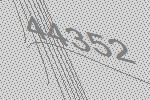
44352